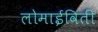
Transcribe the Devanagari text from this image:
लोमाईविती